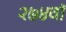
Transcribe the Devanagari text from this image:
२७४वॉ